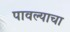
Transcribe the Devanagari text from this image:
पावल्याचा